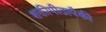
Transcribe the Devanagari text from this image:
शक्तीपीठापैकी